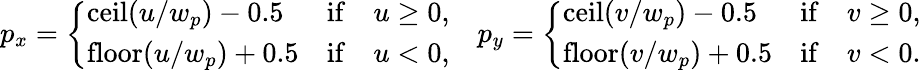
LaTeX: p_{x}=\left\{ \begin{array}{ll}{\mathrm{ceil}(u/w_{p})-0.5}&{\mathrm{if}\quad u\geq 0,}\\ {\mathrm{floor}(u/w_{p})+0.5}&{\mathrm{if}\quad u<0,}\end{array}\right.\quad p_{y}=\left\{ \begin{array}{ll}{\mathrm{ceil}(v/w_{p})-0.5}&{\mathrm{if}\quad v\geq 0,}\\ {\mathrm{floor}(v/w_{p})+0.5}&{\mathrm{if}\quad v<0.}\end{array}\right.